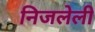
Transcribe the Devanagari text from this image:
निजलेली